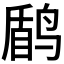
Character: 𱊑